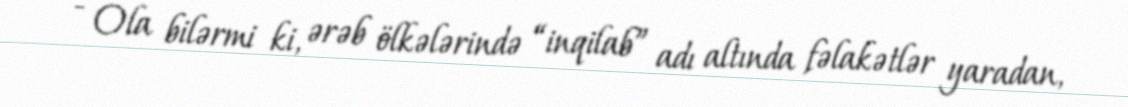
- Ola bilərmi ki, ərəb ölkələrində “inqilab” adı altında fəlakətlər yaradan,